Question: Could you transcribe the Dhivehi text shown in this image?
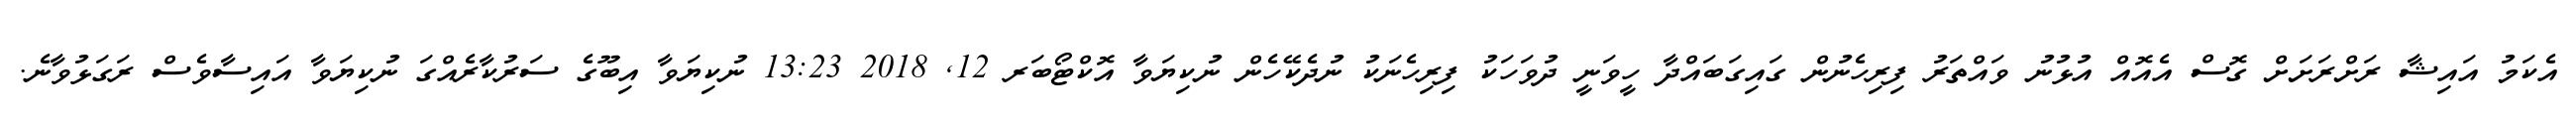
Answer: އެކަމު އައިޝާ ރަށްރަށަށް ގޮސް އެއޮއް އުޅުނު ވައްތަރު ފިރިހެނުން ގައިގަބައްދާ ހީވަނީ ދުވަހަކު ފިރިހެނަކު ނުދެކޭހެން ނުކިޔަވާ އޮކްޓޯބަރ 12, 2018 13:23 ނުކިޔަވާ އިބޫގެ ސަރުކާރެއްގަ ނުކިޔަވާ އައިސާވެސް ރަގަޅުވާނެ.